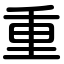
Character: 重